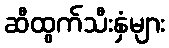
ဆီထွက်သီးနှံများ